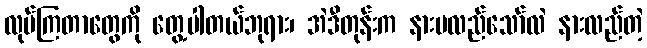
လုပ်ကြတာတွေကို တွေ့ပါတယ်ဘုရား၊ အဲဒီတုန်းက နားမလည်သော်လဲ နားလည်တဲ့